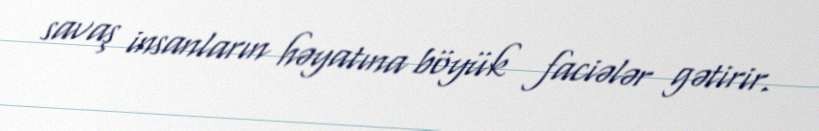
savaş insanların həyatına böyük faciələr gətirir.